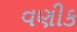
વણીક